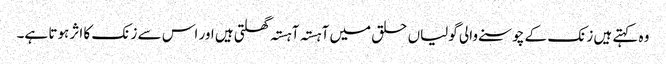
وہ کہتے ہیں زنک کے چوسنے والی گولیاں حلق میں آہستہ آہستہ گھلتی ہیں اور اس سے زنک کا اثر ہوتا ہے۔